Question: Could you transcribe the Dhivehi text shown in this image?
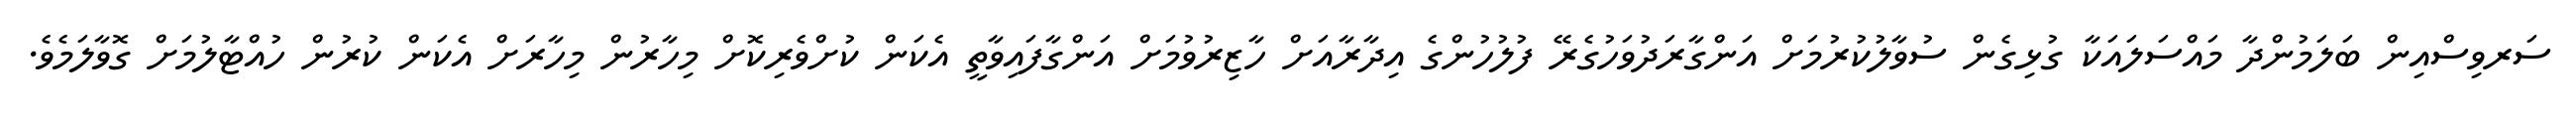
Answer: ސަރވިސްއިން ބަލަމުންދާ މައްސަލައަކާ ގުޅިގެން ސުވާލުކުރުމަށް އަންގާރަދުވަހުގެރޭ ފުލުހުންގެ އިދާރާއަށް ހާޒިރުވުމަށް އަންގާފައިވާތީ އެކަން ކުށްވެރިކޮށް މިހާރުން މިހާރަށް އެކަން ކުރުން ހުއްޓާލުމަށް ގޮވާލަމެވެ.